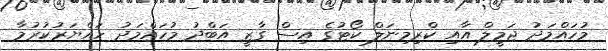
މުހައްމަދު ޖަމީލް އާއި ކްރިމިނަލް ކޯޓުގެ އިސް ގާޒީ އަބްދު މުހައްމަދު ހައްޔަރުކުރުމާ